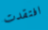
افتقدت